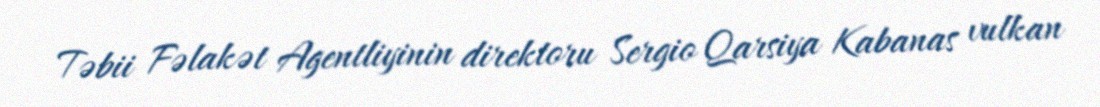
Təbii Fəlakət Agentliyinin direktoru Sergio Qarsiya Kabanas vulkan